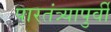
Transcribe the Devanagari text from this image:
पारतंत्र्यापुर्वी